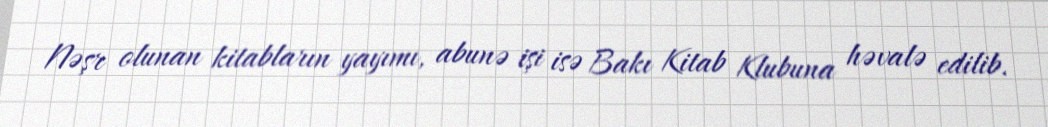
Nəşr olunan kitabların yayımı, abunə işi isə Bakı Kitab Klubuna həvalə edilib.